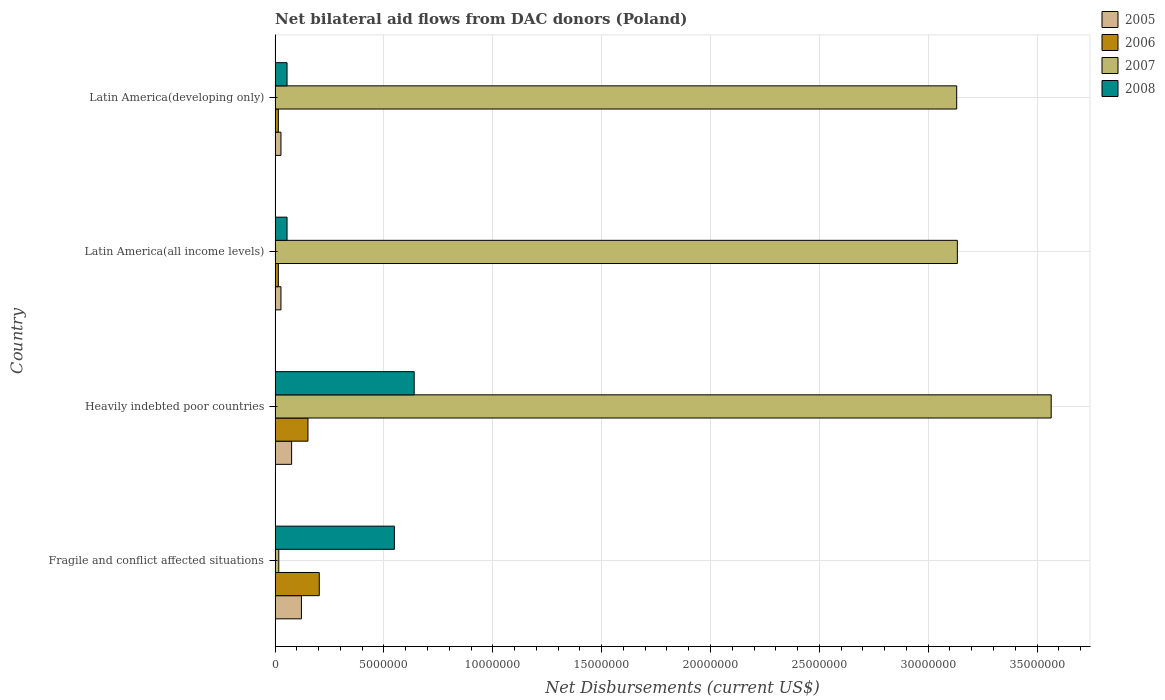
| Country | 2005 | 2006 | 2007 | 2008 |
 | --- | --- | --- | --- | --- |
 | Fragile and conflict affected situations | 1.21e+06 | 2.03e+06 | 1.7e+05 | 5.48e+06 |
 | Heavily indebted poor countries | 7.6e+05 | 1.51e+06 | 3.56e+07 | 6.39e+06 |
 | Latin America(all income levels) | 2.7e+05 | 1.5e+05 | 3.13e+07 | 5.5e+05 |
 | Latin America(developing only) | 2.7e+05 | 1.5e+05 | 3.13e+07 | 5.5e+05 |